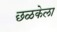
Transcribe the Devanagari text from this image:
छळकेला